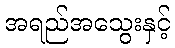
အရည်အသွေးနှင့်